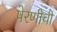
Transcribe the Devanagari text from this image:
पेरणीची